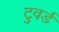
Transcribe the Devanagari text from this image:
टुवर्ड